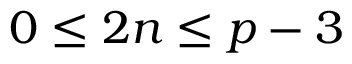
0 \leq 2 n \leq p - 3